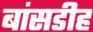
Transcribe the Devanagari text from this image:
बांसडीह